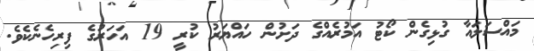
މައްސަލައާ ގުޅިގެން ކޯޓު އަމުރެއްގެ ދަށުން ހައްޔަރު ކުރީ 19 އަހަރުގެ ފިރިހެނެކެވެ.